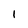
Character: 1